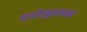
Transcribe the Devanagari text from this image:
मनोरञ्जात्मक